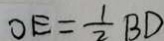
O E = \frac { 1 } { 2 } B D